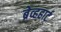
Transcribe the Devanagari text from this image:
ब्रेव्हहार्ट